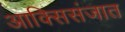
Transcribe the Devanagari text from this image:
आक्सिसंजात